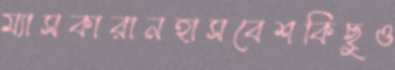
ম্যাসকারানহাসবেশকিছুও